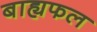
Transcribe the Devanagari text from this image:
बाह्यफल